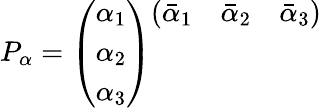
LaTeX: P_{\alpha}=\left(\begin{array}{c}{{\alpha_{1}}}\\ {{\alpha_{2}}}\\ {{\alpha_{3}}}\end{array}\right)\begin{array}{ccc}{{(\bar{\alpha}_{1}}}&{{\bar{\alpha}_{2}}}&{{\bar{\alpha}_{3})}}\\ {{}}&{{}}&{{}}\\ {{}}&{{}}&{{}}\end{array}